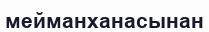
мейманханасынан